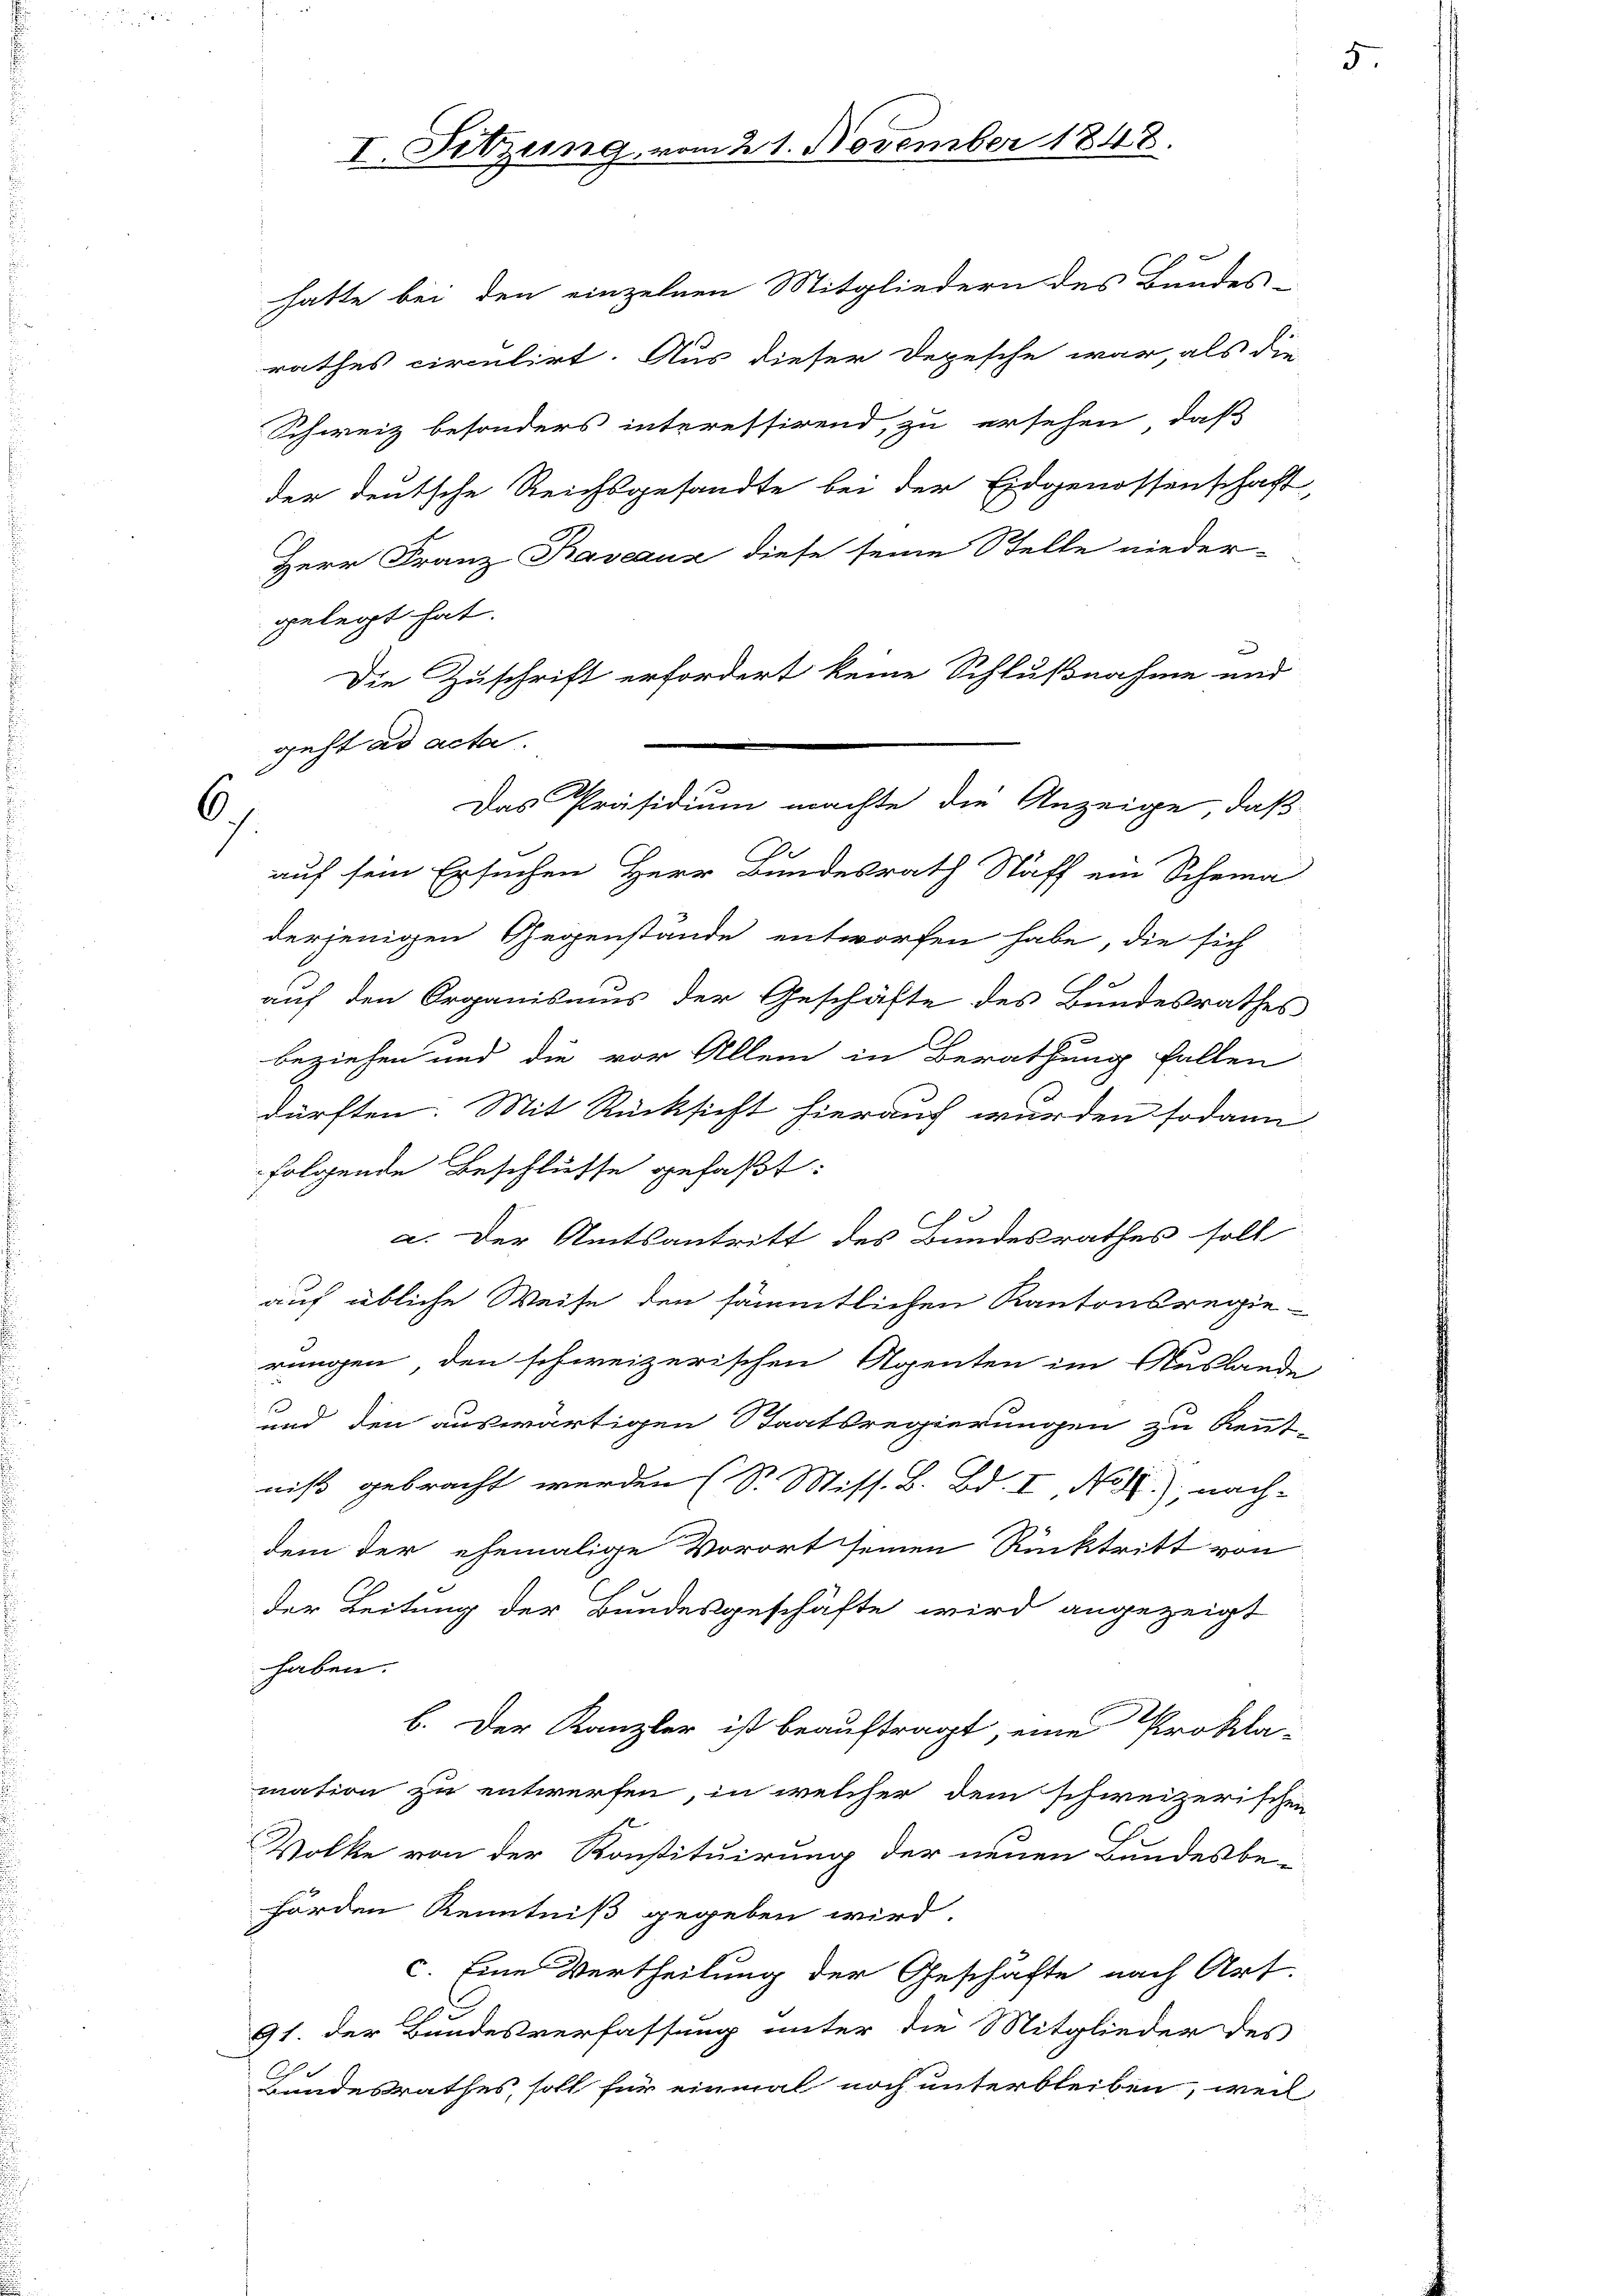
hatte bei den einzelnen Mitgliedern des Bundes-
rathes circulirt. Aus dieser Depesche war, als die
Schweiz besonders interessirend, zu ersehen, daß
der deutsche Reichsgesandte bei der Eidgenossenschaft,
Herr Franz Raveaux diese seine Stelle nieder-
gelegt hat.
Die Zuschrift erfordert keine Schlußnahme und
auf sein Ersuchen Herr Bundesrath Staff ein Scheina
derjenigen Gegenstände entworfen habe, die sich
auf den Organismus der Geschäfte des Bundesrathes
beziehen und die vor Allem in Berathung fallen
dürften. Mit Rücksicht hierauf wurden sodann
folgende Beschlüsse gefaßt:
1
a. Der Amtsantritt des Bundesrathes soll
auf übliche Weise den sämmtlichen Kantonsregie-
rungen, den schweizerischen Agenten im Auslande
und den auswärtigen Staatsregierungen zu kennt-
niß gebracht werden (S. Miss. B. Bd. I, No 1.), nach-
dem der ehemalige Vorort seinen Rücktritt von
der Leitung der Bundesgeschäfte wird angezeigt
haben.
b. Der Kanzler ist beauftragt, eine Prokla-
mation zu entwerfen, in welcher dem schweizerischen
Volke von der Konstituirung der neuen Bundesbe-
hörden Kenntniß gegeben wird.
c. Eine Vertheilung der Geschäfte nach Art.
91. der Bundesverfassung unter die Mitglieder des
Lundesrathes, soll für einmal noch unterbleiben, weil

6

I. Sitzung

vom 21. November 1848

geht ad acta.
Das Präsidium machte die Anzeige, daß

5